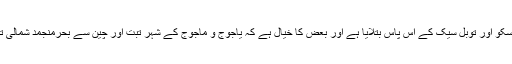
بعض تاریخ دانوں نے ان کے رہائشی علاقے کو ماسکو اور توبل سیک کے آس پاس بتلایا ہے اور بعض کا خیال ہے کہ یاجوج و ماجوج کے شہر تبت اور چین سے بحرمنجمد شمالی تک اور مغرب میں ترکستان تک پھیلے ہوئے تھے۔